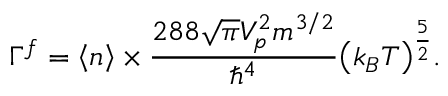
\Gamma ^ { f } = \left\langle n \right\rangle \times \frac { 2 8 8 \sqrt { \pi } V _ { p } ^ { 2 } m ^ { 3 / 2 } } { { \hbar } ^ { 4 } } { \left( k _ { B } T \right) } ^ { \frac { 5 } { 2 } } .